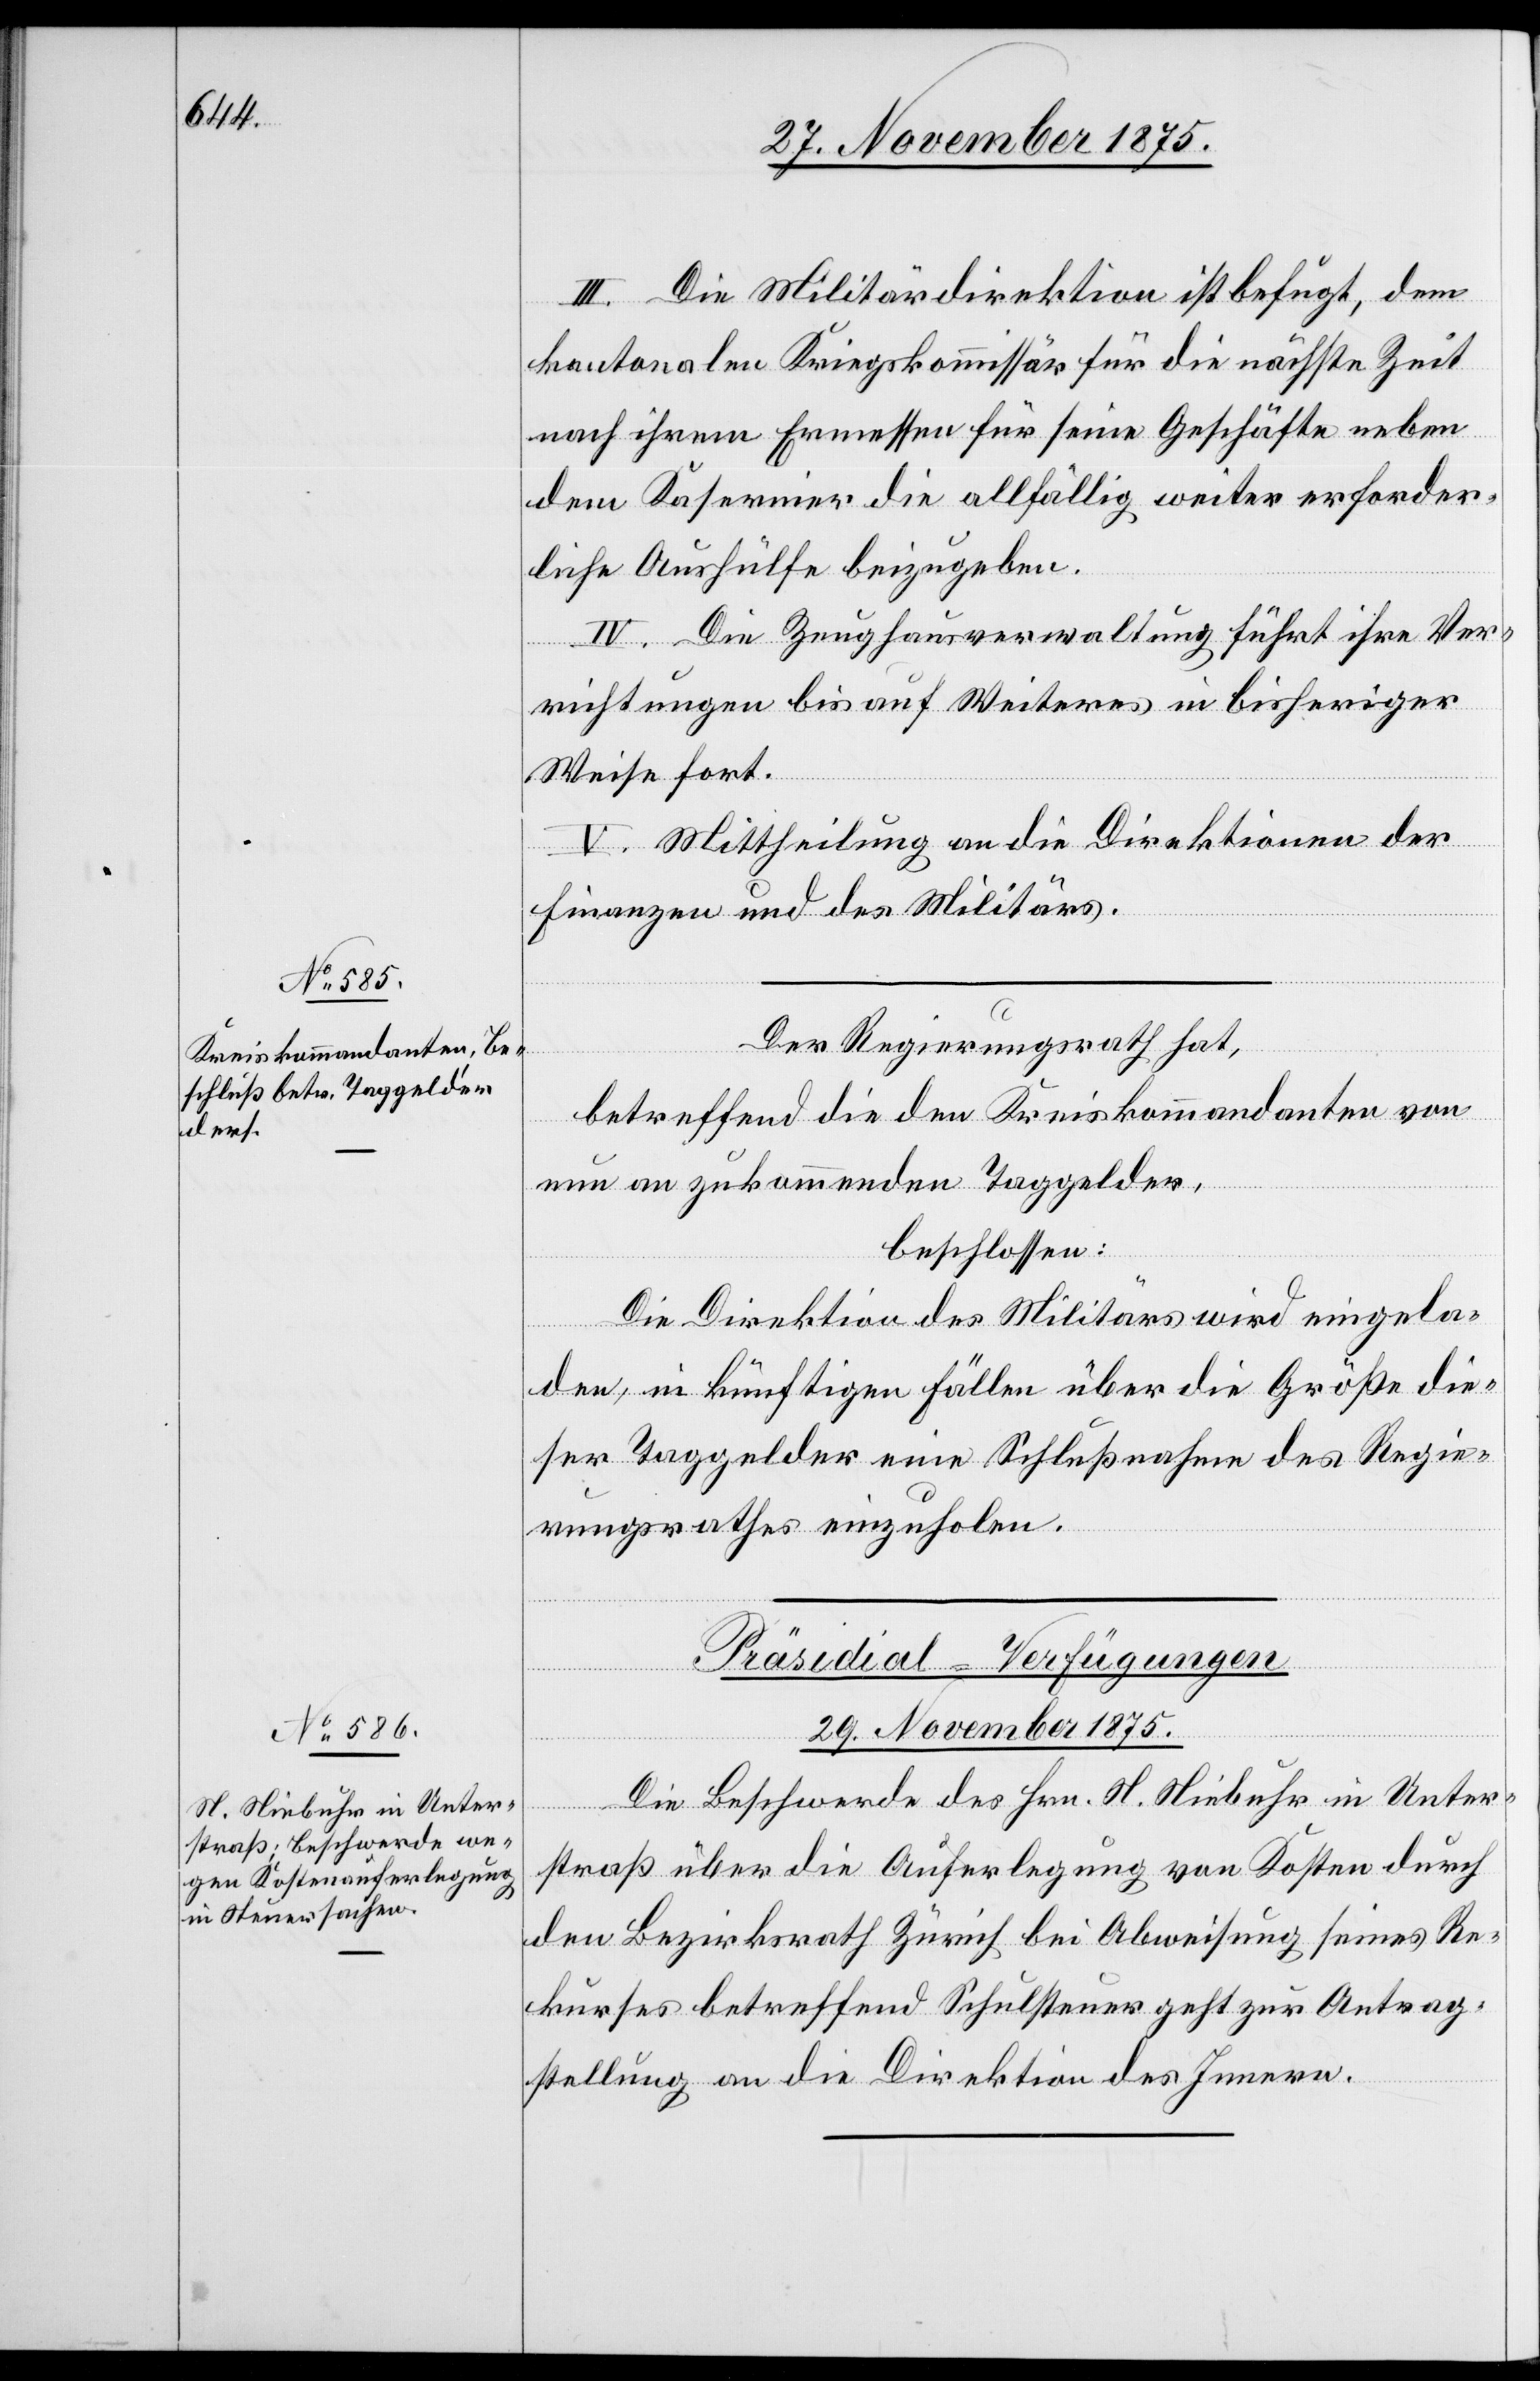
Der Regierungsrath hat,
betreffend die den Kreiskommandanten von
nun an zukommenden Taggelder,
beschlossen:
Die Direktion des Militärs wird eingela¬
den, in künftigen Fällen über die Größe die¬
ser Taggelder eine Schlußnahme des Regie¬
rungsrathes einzuholen.
Präsidial-Verfügungen
29. November 1875.
Die Beschwerde des Hrn. N. Niebuhr in Unter¬
straß über die Auferlegung von Kosten durch
den Bezirksrath Zürich bei Abweisung seines Re¬
kurses betreffend Schulsteuer geht zur Antrag¬
stellung an die Direktion des Innern.